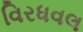
વિરધવલ